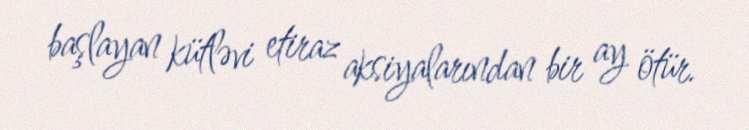
başlayan kütləvi etiraz aksiyalarından bir ay ötür.